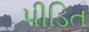
પીડિત